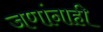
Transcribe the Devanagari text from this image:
जणांनाही